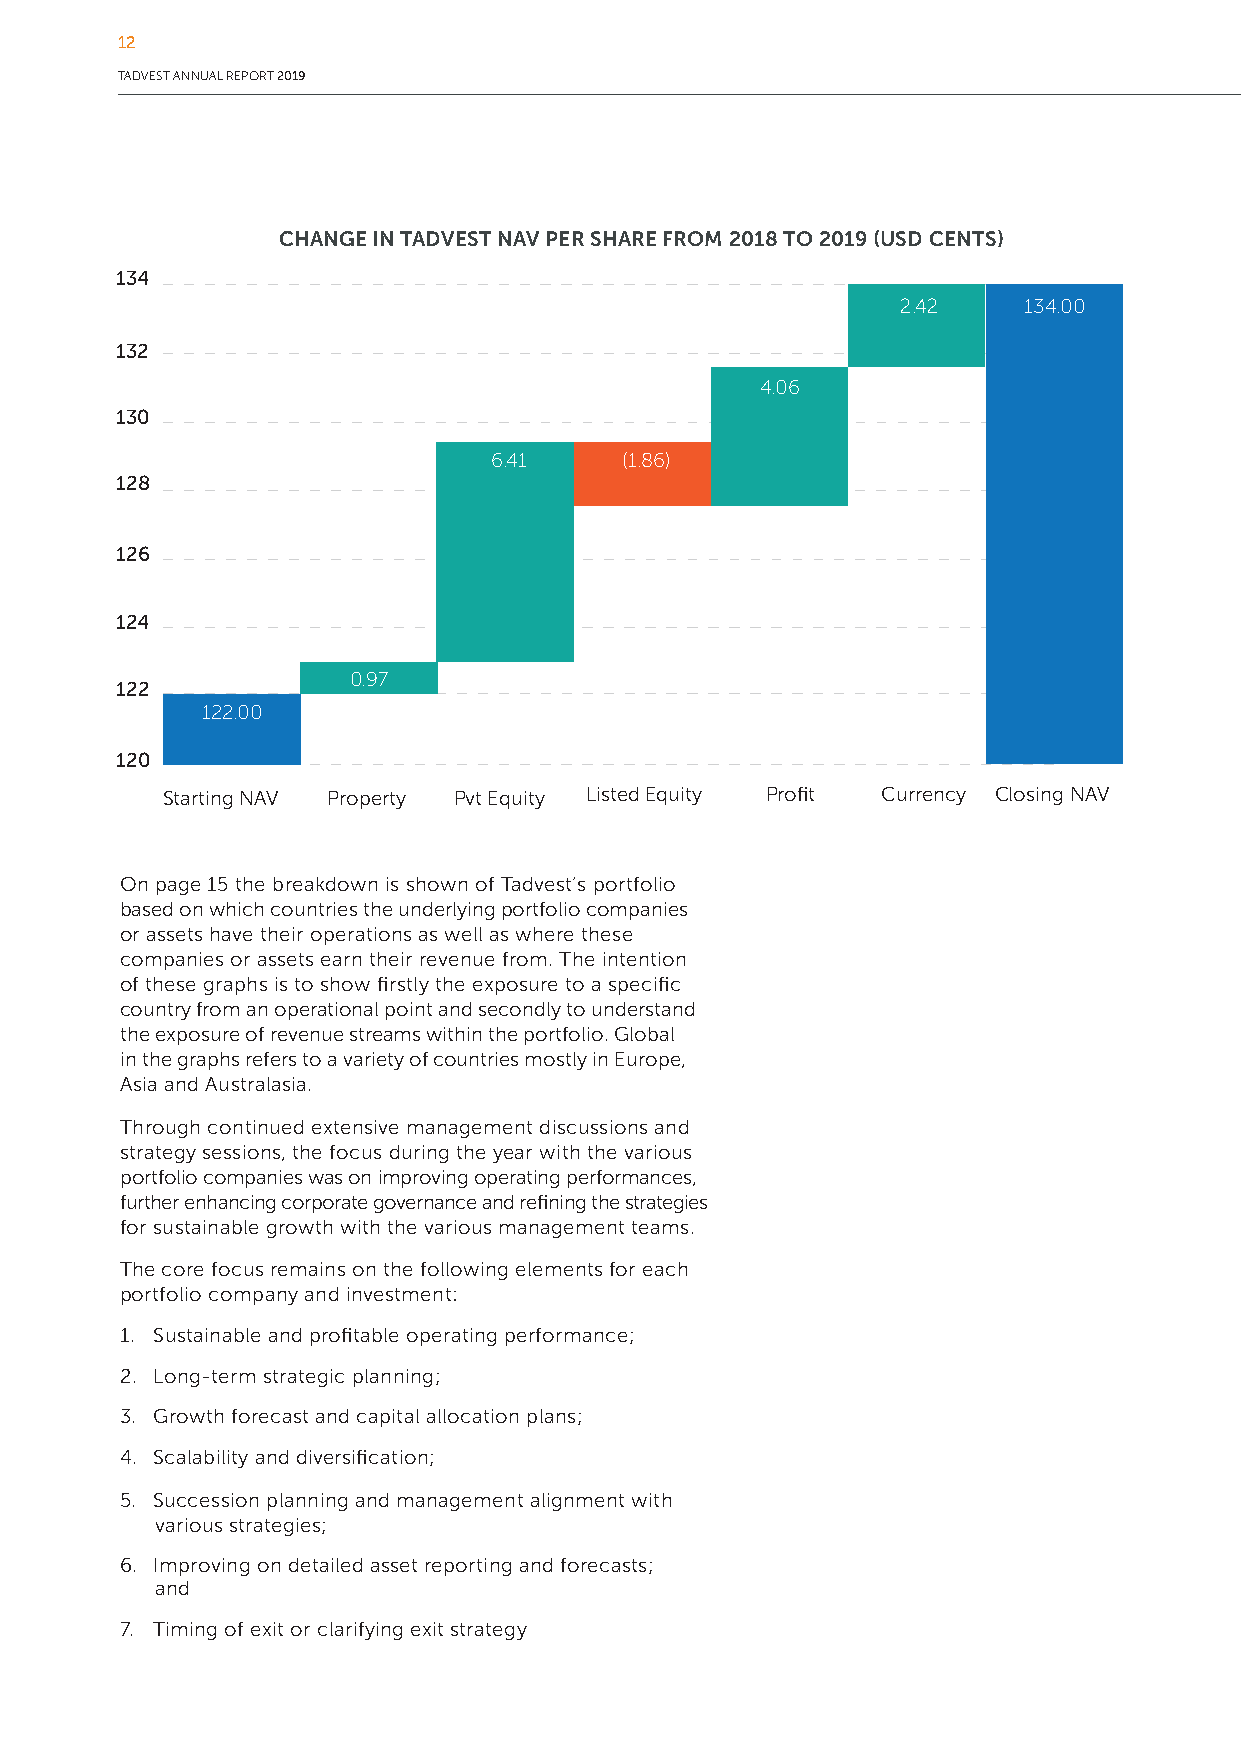
12
 TADVEST ANNUAL REPORT 2019
 CHANGE IN TADVEST NAV PER SHARE FROM 2018 TO 2019 (USD CENTS)
 134
 2.42    134.00
 132
 4.06
 130
 6.41    (1.86)
 128
 126
 124
 0.97
 122
 122.00
 120
 Starting NAV Property Pvt Equity Listed Equity Profit Currency Closing NAV
 On page 15 the breakdown is shown of Tadvest’s portfolio
 based on which countries the underlying portfolio companies
 or assets have their operations as well as where these
 companies or assets earn their revenue from. The intention
 of these graphs is to show firstly the exposure to a specific
 country from an operational point and secondly to understand
 the exposure of revenue streams within the portfolio. Global
 in the graphs refers to a variety of countries mostly in Europe,
 Asia and Australasia.
 Through continued extensive management discussions and
 strategy sessions, the focus during the year with the various
 portfolio companies was on improving operating performances,
 further enhancing corporate governance and refining the strategies
 for sustainable growth with the various management teams.
 The core focus remains on the following elements for each
 portfolio company and investment:
 1. Sustainable and profitable operating performance;
 2. Long-term strategic planning;
 3. Growth forecast and capital allocation plans;
 4. Scalability and diversification;
 5. Succession planning and management alignment with
 various strategies;
 6. Improving on detailed asset reporting and forecasts;
 and
 7. Timing of exit or clarifying exit strategy